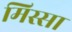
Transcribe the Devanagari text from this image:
मिस्सा